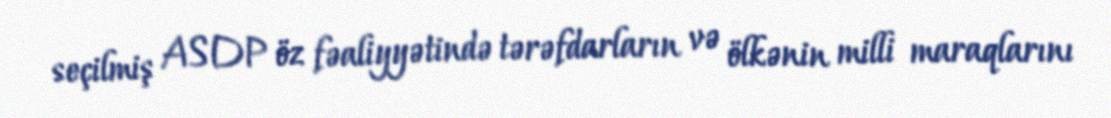
seçilmiş ASDP öz fəaliyyətində tərəfdarların və ölkənin milli maraqlarını